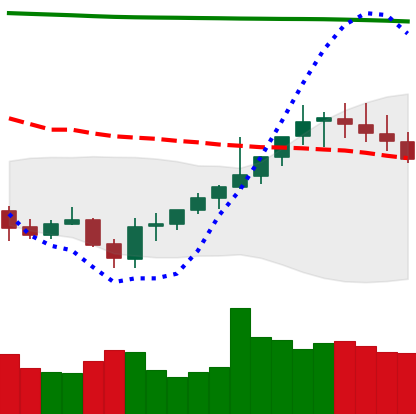
Ticker: XMR-USD
Chart end date: 2021-08-03
Forward return: 14.058%
Label: up_7plus